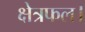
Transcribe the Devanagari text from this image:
क्षेत्रफल।